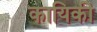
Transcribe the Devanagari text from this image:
कायिकी